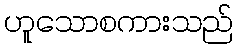
ဟူသောစကားသည်